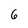
Character: 6